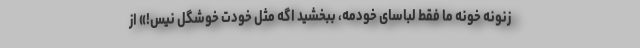
زنونه خونه ما فقط لباسای خودمه، ببخشید اگه مثل خودت خوشگل نیس!» از